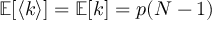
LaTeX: \mathbb { E } [ \langle k \rangle ] = \mathbb { E } [ k ] = p ( N - 1 )